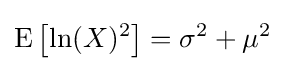
\operatorname {E} \left[\ln(X)^{2}\right]=\sigma ^{2}+\mu ^{2}